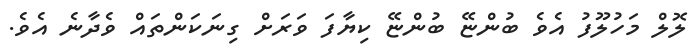
ލޮލް މަހުލޫފު އެވެ ބުންޏޭ ބުންޏޭ ކިޔާފަ ވަރަށް ގިނަކަންތައް ވެދާނެ އެވެ.